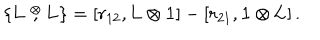
\{ \mathrm { { \bf L } } \stackrel { \otimes } { , } \mathrm { { \bf L } } \} = \left[ r _ { 1 2 } , \mathrm { { \bf L } } \otimes \mathrm { { \bf 1 } } \right] - \left[ r _ { 2 1 } , \mathrm { { \bf 1 } } \otimes \mathrm { { \bf L } } \right] .